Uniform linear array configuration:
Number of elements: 16
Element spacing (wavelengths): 1
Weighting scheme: blackman
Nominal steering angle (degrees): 45
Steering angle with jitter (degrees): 46.164
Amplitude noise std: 0.05
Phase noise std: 0.05

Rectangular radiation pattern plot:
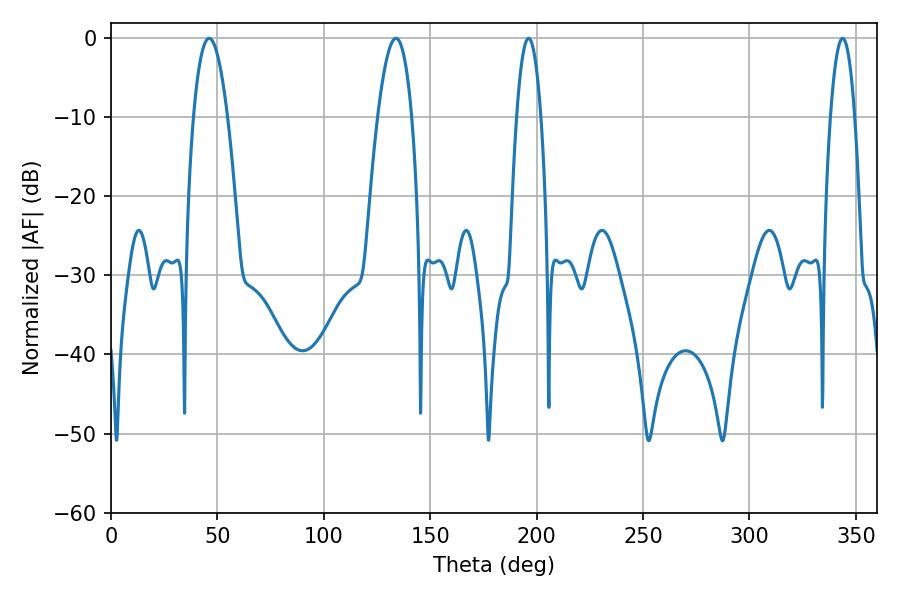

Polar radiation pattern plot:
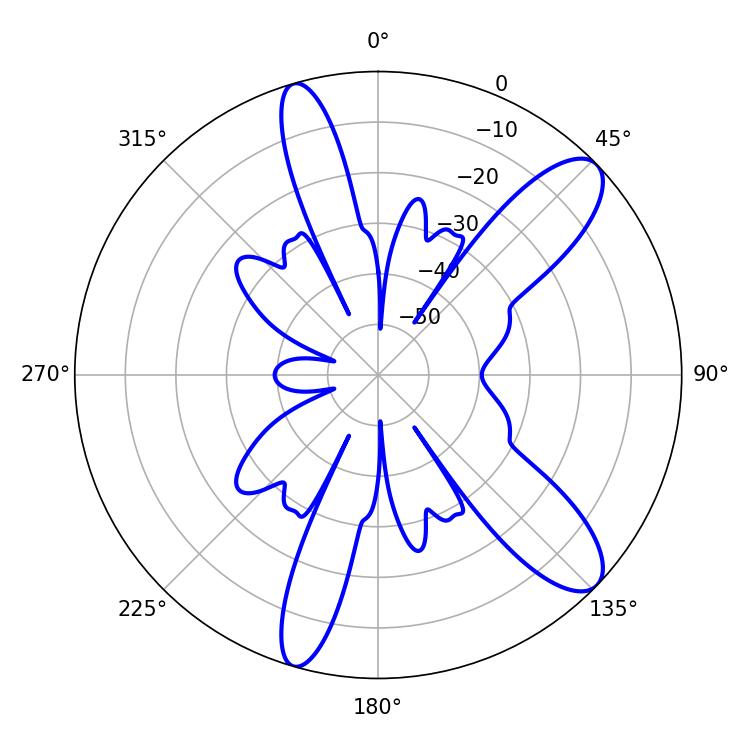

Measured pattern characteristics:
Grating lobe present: TRUE
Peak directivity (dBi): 10.642
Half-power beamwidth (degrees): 6.3
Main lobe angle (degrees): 196.2